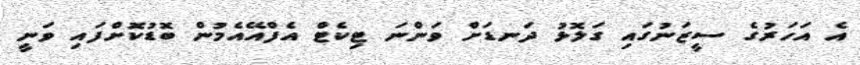
އެ އަހަރުގެ ސީޒަނުގައި ގަލޮޅު ދަނޑަށް ވަންނަ ޓިކެޓް އެފްއޭއެމުން ބޮޑުކޮށްފައި ވަނީ